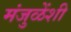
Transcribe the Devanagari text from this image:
मंजुळेंशी